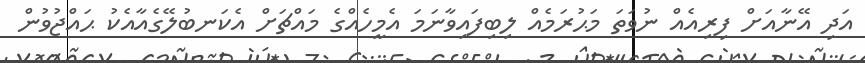
އަދި އޭނާއަށް ފިރިއެއް ނުވަތަ މަޙުރަމެއް ލިބިފައިވާނަމަ އެމީހެއްގެ މައްޗަށް އެކަނބުލޭގެއާއެކު ޙައްޖުވުން